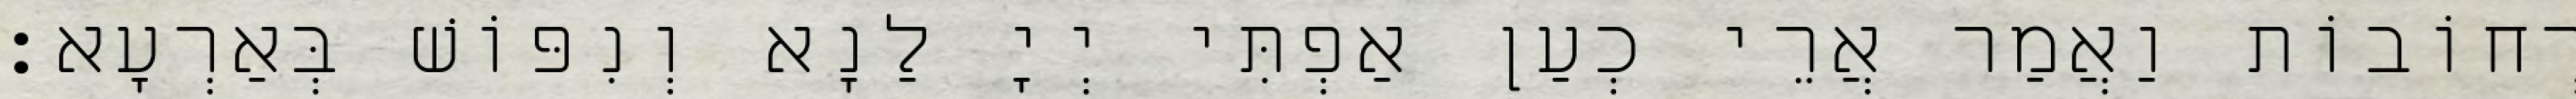
רְחוֹבוֹת וַאֲמַר אֲרֵי כְעַן אַפְתִּי יְיָ לַנָא וְנִפּוֹשׁ בְּאַרְעָא׃